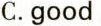
C.good